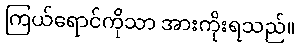
ကြယ်ရောင်ကိုသာ အားကိုးရသည်။